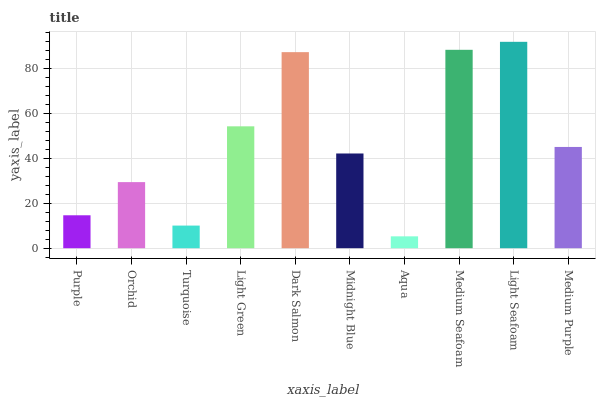
| xaxis_label | bars |
 | --- | --- |
 | Purple | 14.7 |
 | Orchid | 29.4 |
 | Turquoise | 10.1 |
 | Light Green | 54.3 |
 | Dark Salmon | 87.3 |
 | Midnight Blue | 42.2 |
 | Aqua | 5.29 |
 | Medium Seafoam | 88.4 |
 | Light Seafoam | 91.9 |
 | Medium Purple | 45.1 |